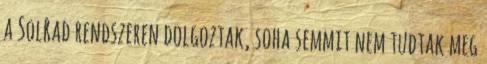
a SolRad rendszeren dolgoztak, soha semmit nem tudtak meg